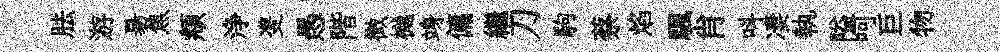
胠游昜焦頫浄㕠愚階微樾竧傭繼刀駒蔡焰颿肖呌凄執隘呵巨物